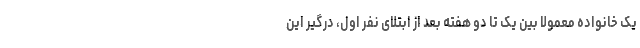
یک خانواده معمولا بین یک تا دو هفته بعد از ابتلای نفر اول، درگیر این